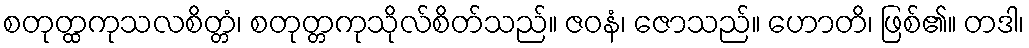
စတုတ္ထကုသလစိတ္တံ၊ စတုတ္တကုသိုလ်စိတ်သည်။ ဇဝနံ၊ ဇောသည်။ ဟောတိ၊ ဖြစ်၏။ တဒါ၊